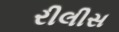
રીલીસ